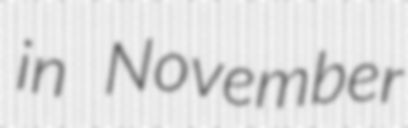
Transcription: in November